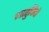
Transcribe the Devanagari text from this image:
गातुविदो